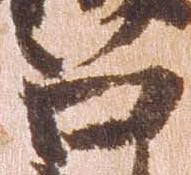
召